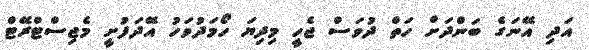
އަދި އޭނަގެ ބަންދަށް ހަތް ދުވަސް ޖެހީ މިދިޔަ ހޯމަދުވަހު އޭދަފުށީ މެޖިސްޓްރޭޓް